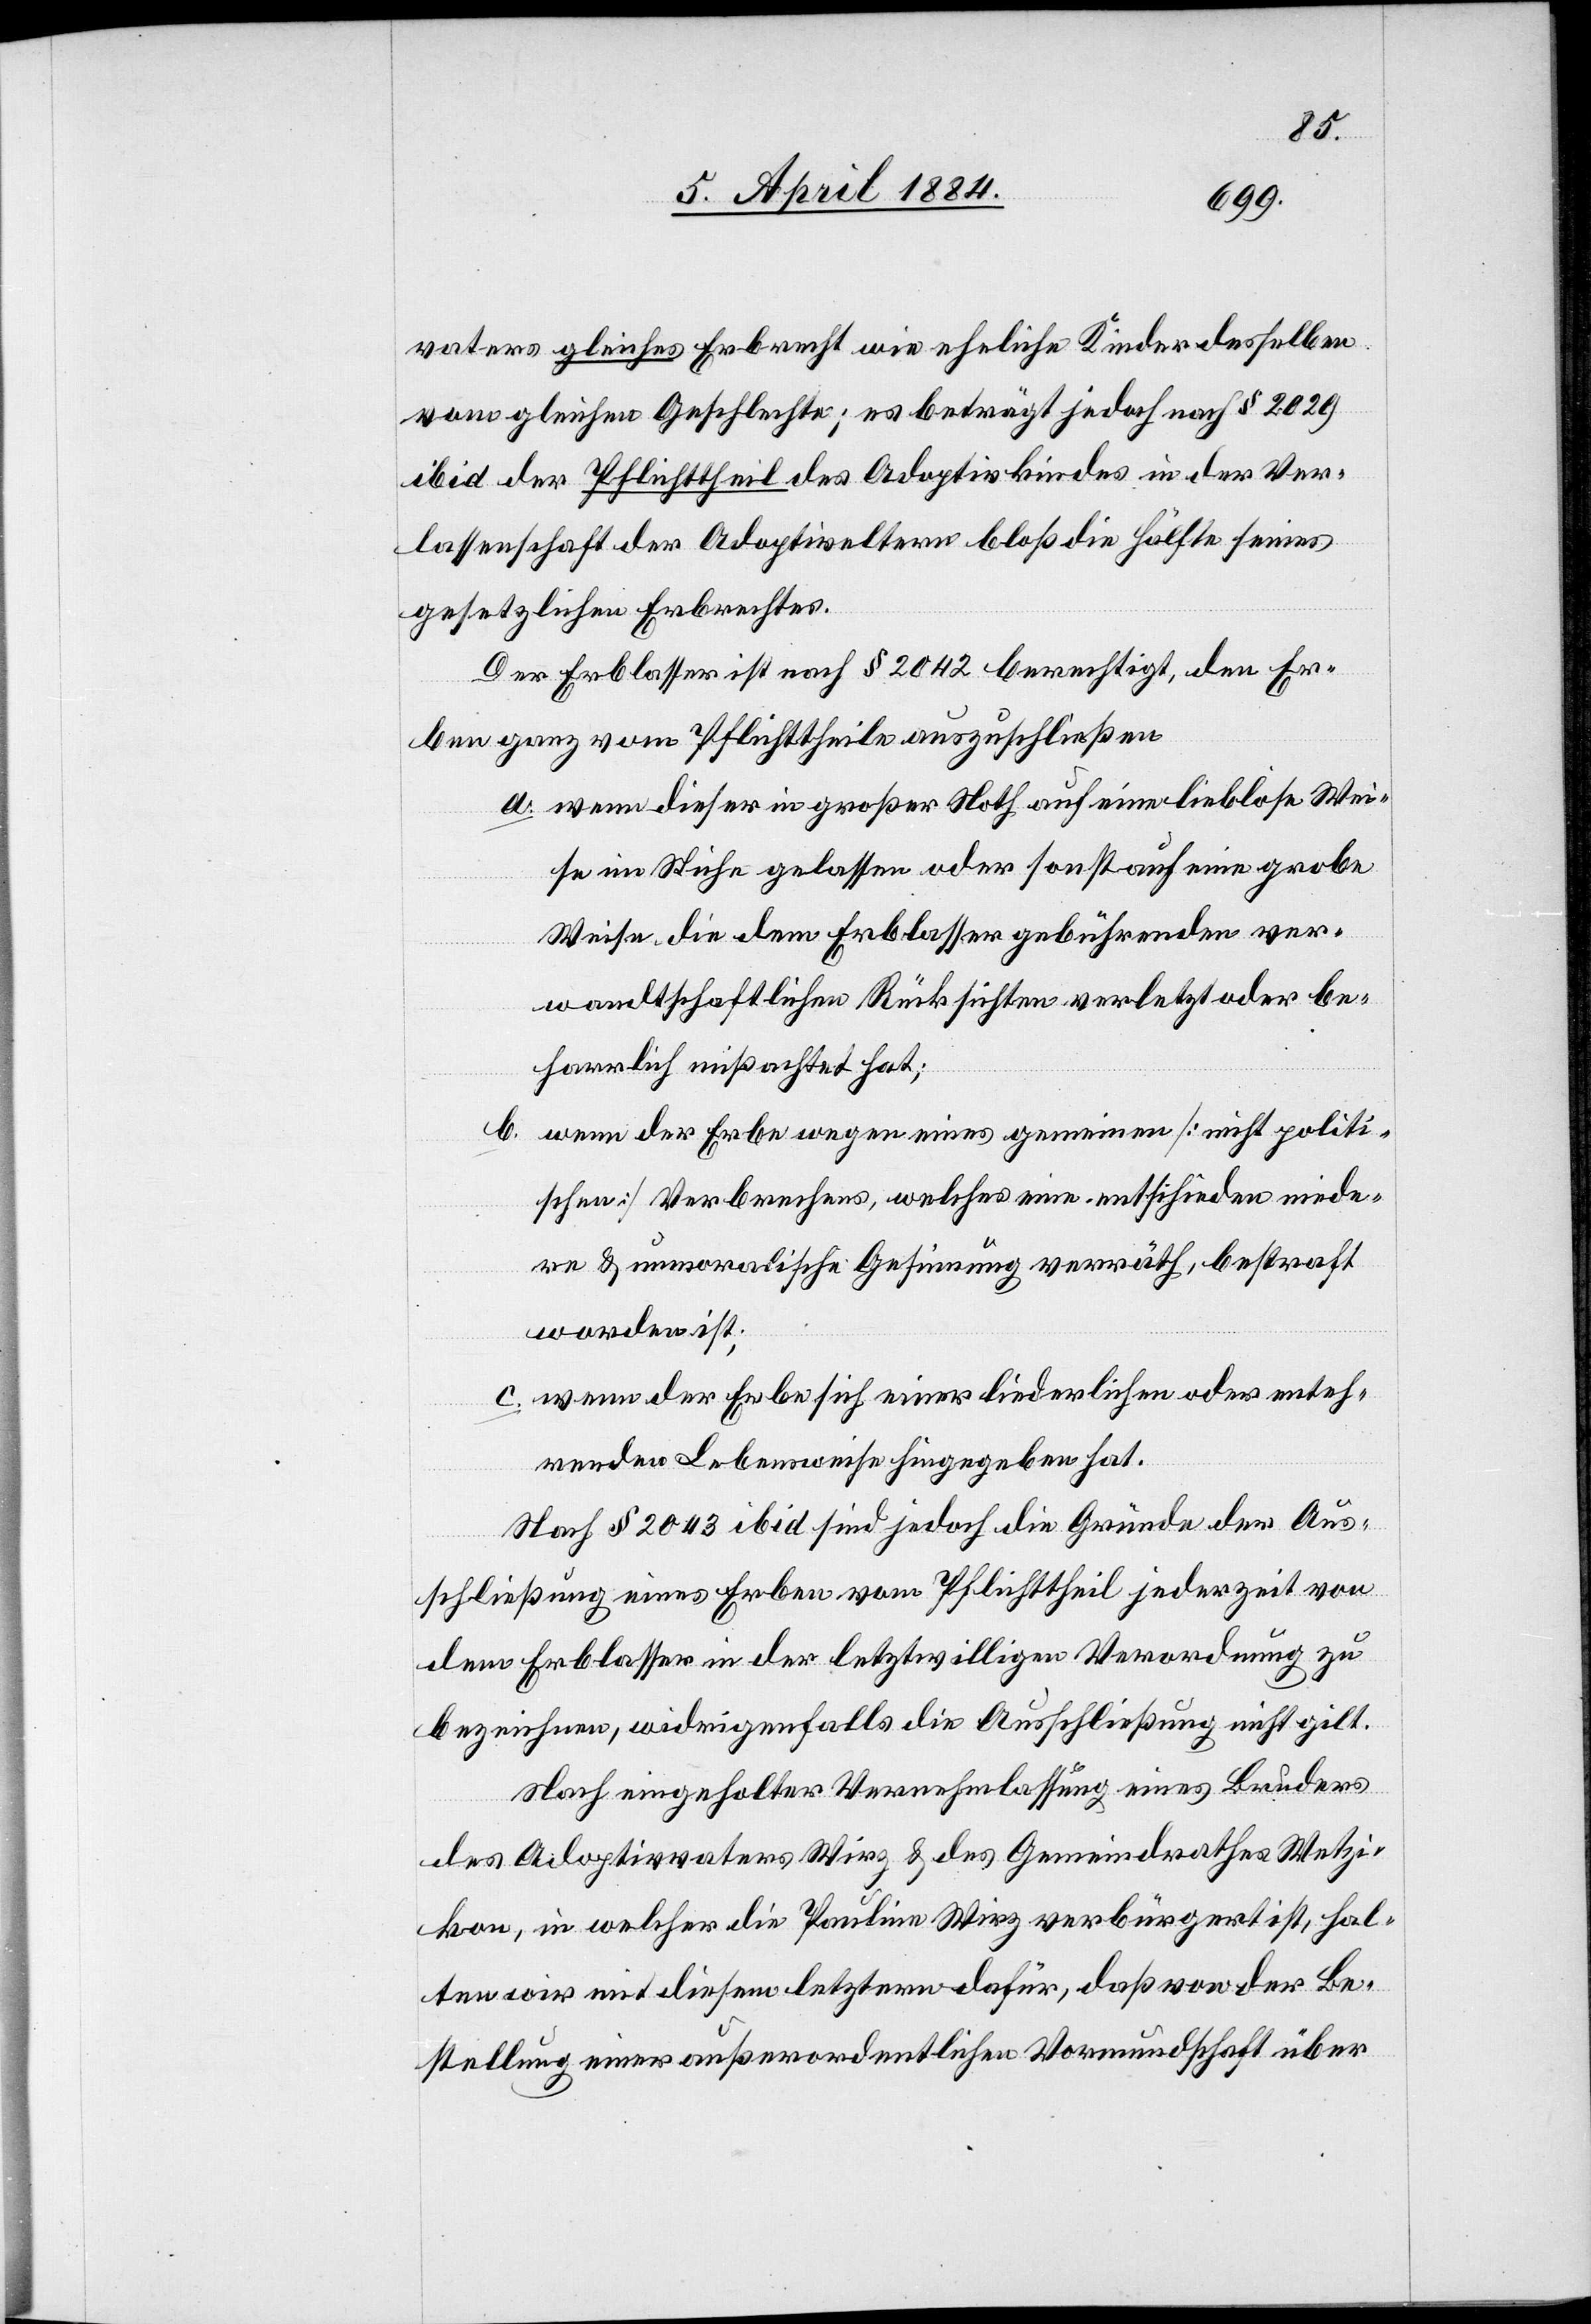
vaters gleiches Erbrecht wie eheliche Kinder desselben
vom gleichen Geschlechte; es beträgt jedoch nach § 2029
ibid der Pflichtheil des Adoptivkindes in der Ver¬
lassenschaft der Adoptiveltern bloß die Hälfte seines
gesetzlichen Erbrechtes.
Der Erblasser ist nach § 2042 berechtigt, den Er¬
ben ganz vom Pflichtheile auszuschließen.
a. wenn dieser in großer Noth auf eine lieblose Wei¬
se im Stiche gelassen oder sonst auf eine grobe
Weise die dem Erblasser gebührenden ver¬
wandtschaftlichen Rücksichten verletzt oder be¬
harrlich mißachtet hat;
b. wenn der Erbe wegen eines gemeinen [nicht politi¬
schen] Verbrechens, welches eine entschieden niede¬
re & unmoralische Gesinnung verräth, bestraft
worden ist,
c. wenn der Erbe sich einer liederlichen oder enteh¬
renden Lebensweise hingegeben hat.
Nach § 2043 ibid sind jedoch die Gründe der Aus¬
schließung eines Erben vom Pflichttheil jederzeit von
dem Erblasser in der letztwilligen Verordnung zu
bezeichnen, widrigenfalls die Ausschließung nicht gilt.
Nach eingeholter Vernehmlassung eines Bruders
des Adoptivvaters Wirz & des Gemeindrathes Wetzi¬
kon, in welcher die Pauline Wirz verbürgert ist, hal¬
ten wir mit diesem letztern dafür, daß von der Be¬
stellung einer außerordentlichen Vormundschaft über